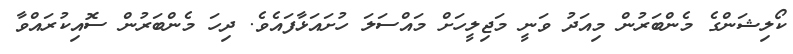
ކޯލިޝަންގެ މެންބަރުން މިއަދު ވަނީ މަޖިލީހަށް މައްސަލަ ހުށައަޅާފައެވެ. ދިހަ މެންބަރުން ސޮއިކުރައްވާ